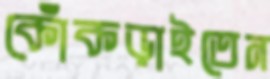
কোঁকড়াইতেন